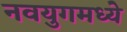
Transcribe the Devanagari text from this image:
नवयुगमध्ये